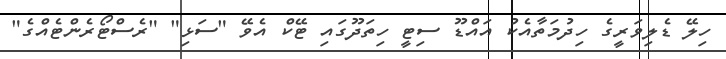
ހިލޭ ޑެލިވަރީގެ ހިދުމަތާއެކު އައްޑޫ ސިޓީ ހިތަދޫގައި ޓޭކް އެވޭ "ސަޅި" "ރެސްޓޯރެންޓެއްގެ"